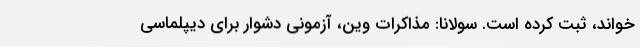
خواند، ثبت کرده است. سولانا: مذاکرات وین، آزمونی دشوار برای دیپلماسی